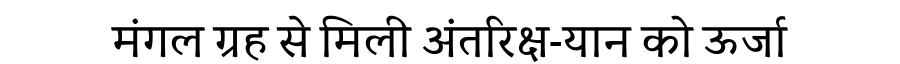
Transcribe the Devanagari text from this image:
मंगल ग्रह से मिली अंतरिक्ष-यान को ऊर्जा